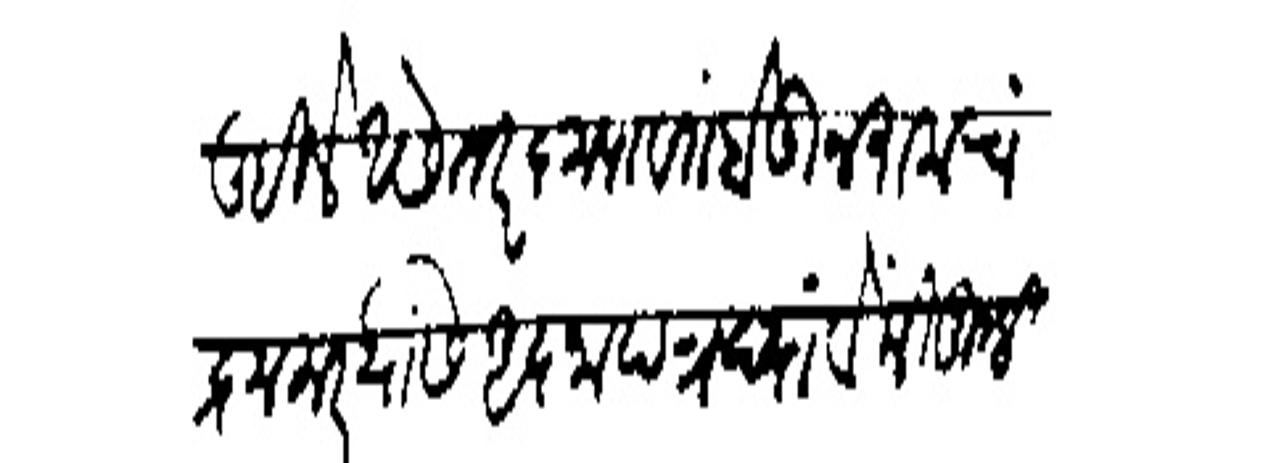
Transliteration (Devanagari): लिहिले असे तर कृपावंत होऊन रामचंद्र मलार यांसी आज्ञापत्र द्यावे की तुम्ही